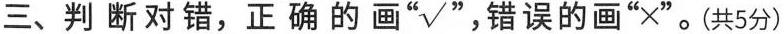
三、判断对错，正确的画”☑” ，错误的画”×”。